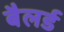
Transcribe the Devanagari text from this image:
बैलर्ड